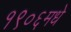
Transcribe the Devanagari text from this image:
१९०६मधे